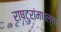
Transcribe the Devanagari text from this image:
राष्ट्रांमधल्या